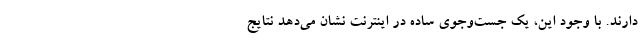
دارند. با وجود این، یک جست‌وجوی ساده در اینترنت نشان می‌دهد نتایج